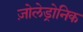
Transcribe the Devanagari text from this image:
ज़ोलेड्रोनिक